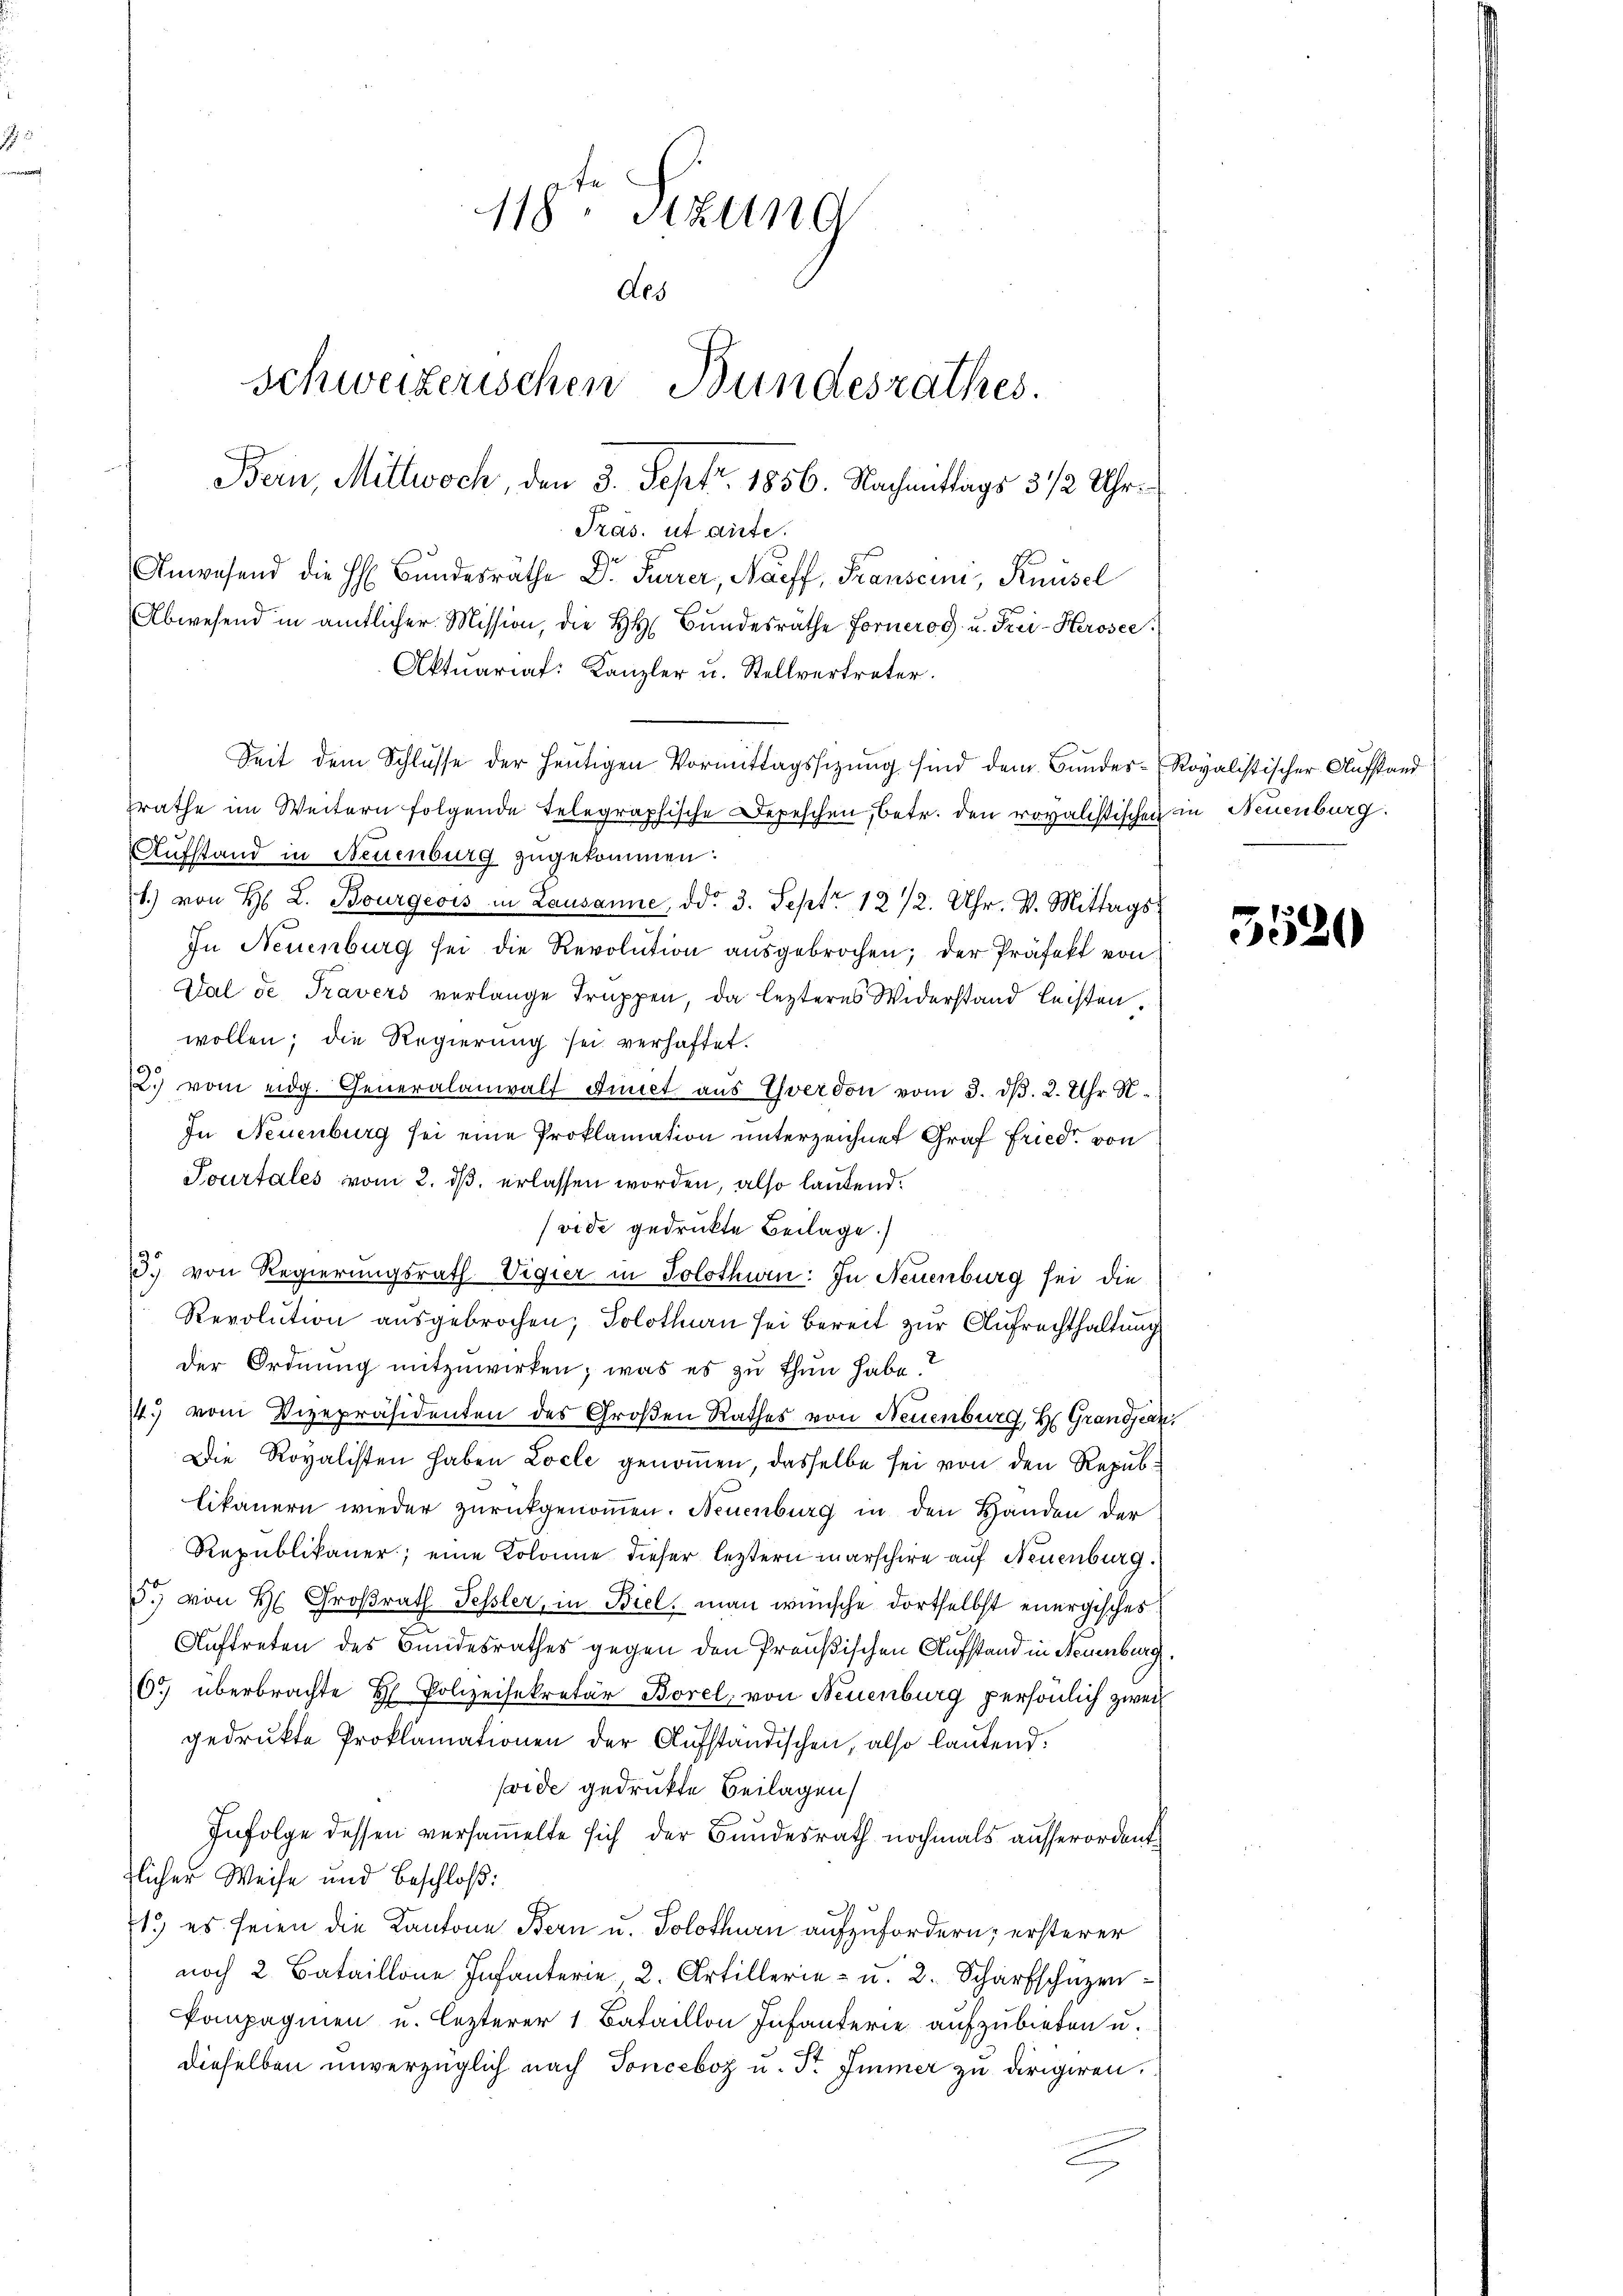
118. Stzung
Aes
schweizerischen Bundesrathes.
Bern, Mittwoch, den 3. Sept. 1856. Nachmittags 3 1/2 Uhr

Pras. ut aute.
Anwesend die H. Bŭndesräthe Dr. Furrer, Naeff, Franscini, Knüsel
Abwesend in amtlicher Mission, die HH. Bŭndesräthe Forneros u. Frei-Kerosee
Aktuariat: Kanzler u. Stellvertreter.
rathe im Weitern folgende Telegraphische Depeschen, betr. den rovalistischen in Neuenburg.
Aufstand in Neuenburg zugekommen:
t.) von H. L. Bourgeois in Lausanne, ddo 3. Sept. 1272. Uhr. V. Mittags
In Neuenburg sei die Revolution aŭsgebrochen; der Präfekt von
Val de Travers verlange Truppen, da lezteres Widerstand leisten.
wollen; die Regierung sei verhaftet.
2. vom eidg. Generalanwalt dict aŭs Yverdon vom 3. d. 2. Uhr N.
In Neuenburg sei eine Proklamation unterzeichnet Graf Fried von
Tourtales vom 2. dß erlassen worden, also lautend.
vide gedruckte Beilage.)
13. von Regierungsrath Vigier in Solothwen: In Neuenburg sei die
Revolution ausgebrochen; Solothurn sei bereit zur Aufrechthaltung
der Ordnung mitzuwirken; was es zu thun habe.
14. vom Vizepräsidenten des Großen Rathes von Neuenburg, Hr. Grandjean
Die Royalisten haben Locle genommen, dasselbe sei von den Republikauern wieder zurückgenommen. Neuenburg in den Handen der
Republikaner; eine Kolonne dieser letztern marschire auf Neuenburg.
J.) von H. Großrath Fessler, in Biel, man wünsche dortselbst energisches
Auftreten des Bundesrathes gegen den Preußischen Aufstand in Neuenburg,
65 überbrachte H. Polizeisekretär Borel, von Neuenburg persönlich zwei
gedrukte Proklamationen der Aufständischen, also lautend.
soide gedruckte Beilagen
Infolge dessen versammelte sich der Bundesrath nochmals ausserordent
flicher Weise und Beschloß:
1.) es seien die Kantone Bern u. Solothurn aufzufordern, ersterer
noch 2 Bataillone Infanterie, 2. Artillerie- u. 2. Scharfschüzen
kompagnien u. lezterer 1 Bataillon Infanterie aufzubieten u.
dieselben unverzüglich nach Tonceboz u. Str. Immer zu dirigiren.
d

Seit dem Schlusse der heutigen Vormittagssizung sind dem Bundes-Royalistischer Aufstand

5520